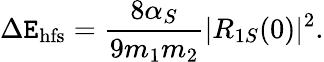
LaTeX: \Delta\mathtt{E}_{\mathrm{{hfs}}}=\frac{{8\alpha_{S}}}{{9m_{1}m_{2}}}|R_{1S}(0)|^{2}.